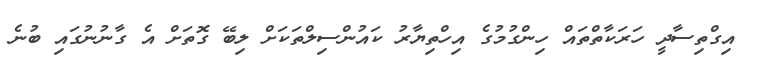
އިގްތިސާދީ ހަރަކާތްތައް ހިންގުމުގެ އިހްތިޔާރު ކައުންސިލްތަކަށް ލިބޭ ގޮތަށް އެ ގާނުނުގައި ބުނެ